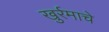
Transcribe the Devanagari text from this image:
खुर्रमाचे